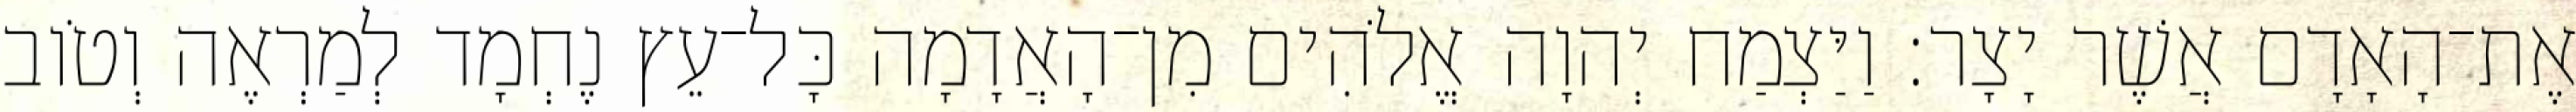
אֶת־הָאָדָם אֲשֶׁר יָצָר׃ וַיַּצְמַח יְהוָה אֱלֹהִים מִן־הָאֲדָמָה כָּל־עֵץ נֶחְמָד לְמַרְאֶה וְטֹוב